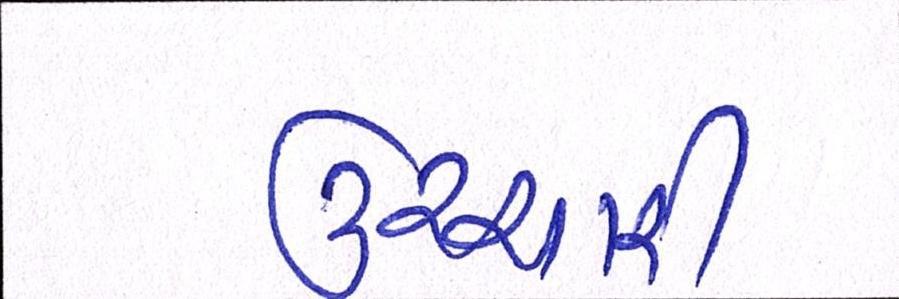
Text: ઉચ્ચારી